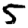
Digit: 5